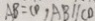
A B = C D , A B / / C D